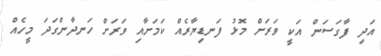
އަދި ފާގަސަން އަކީ ވަރަށް މޮޅު ފަނޑިޔާރެއް ކަމަށާއި ވަރަށް ހަނދާންގަދަ މީހެއް